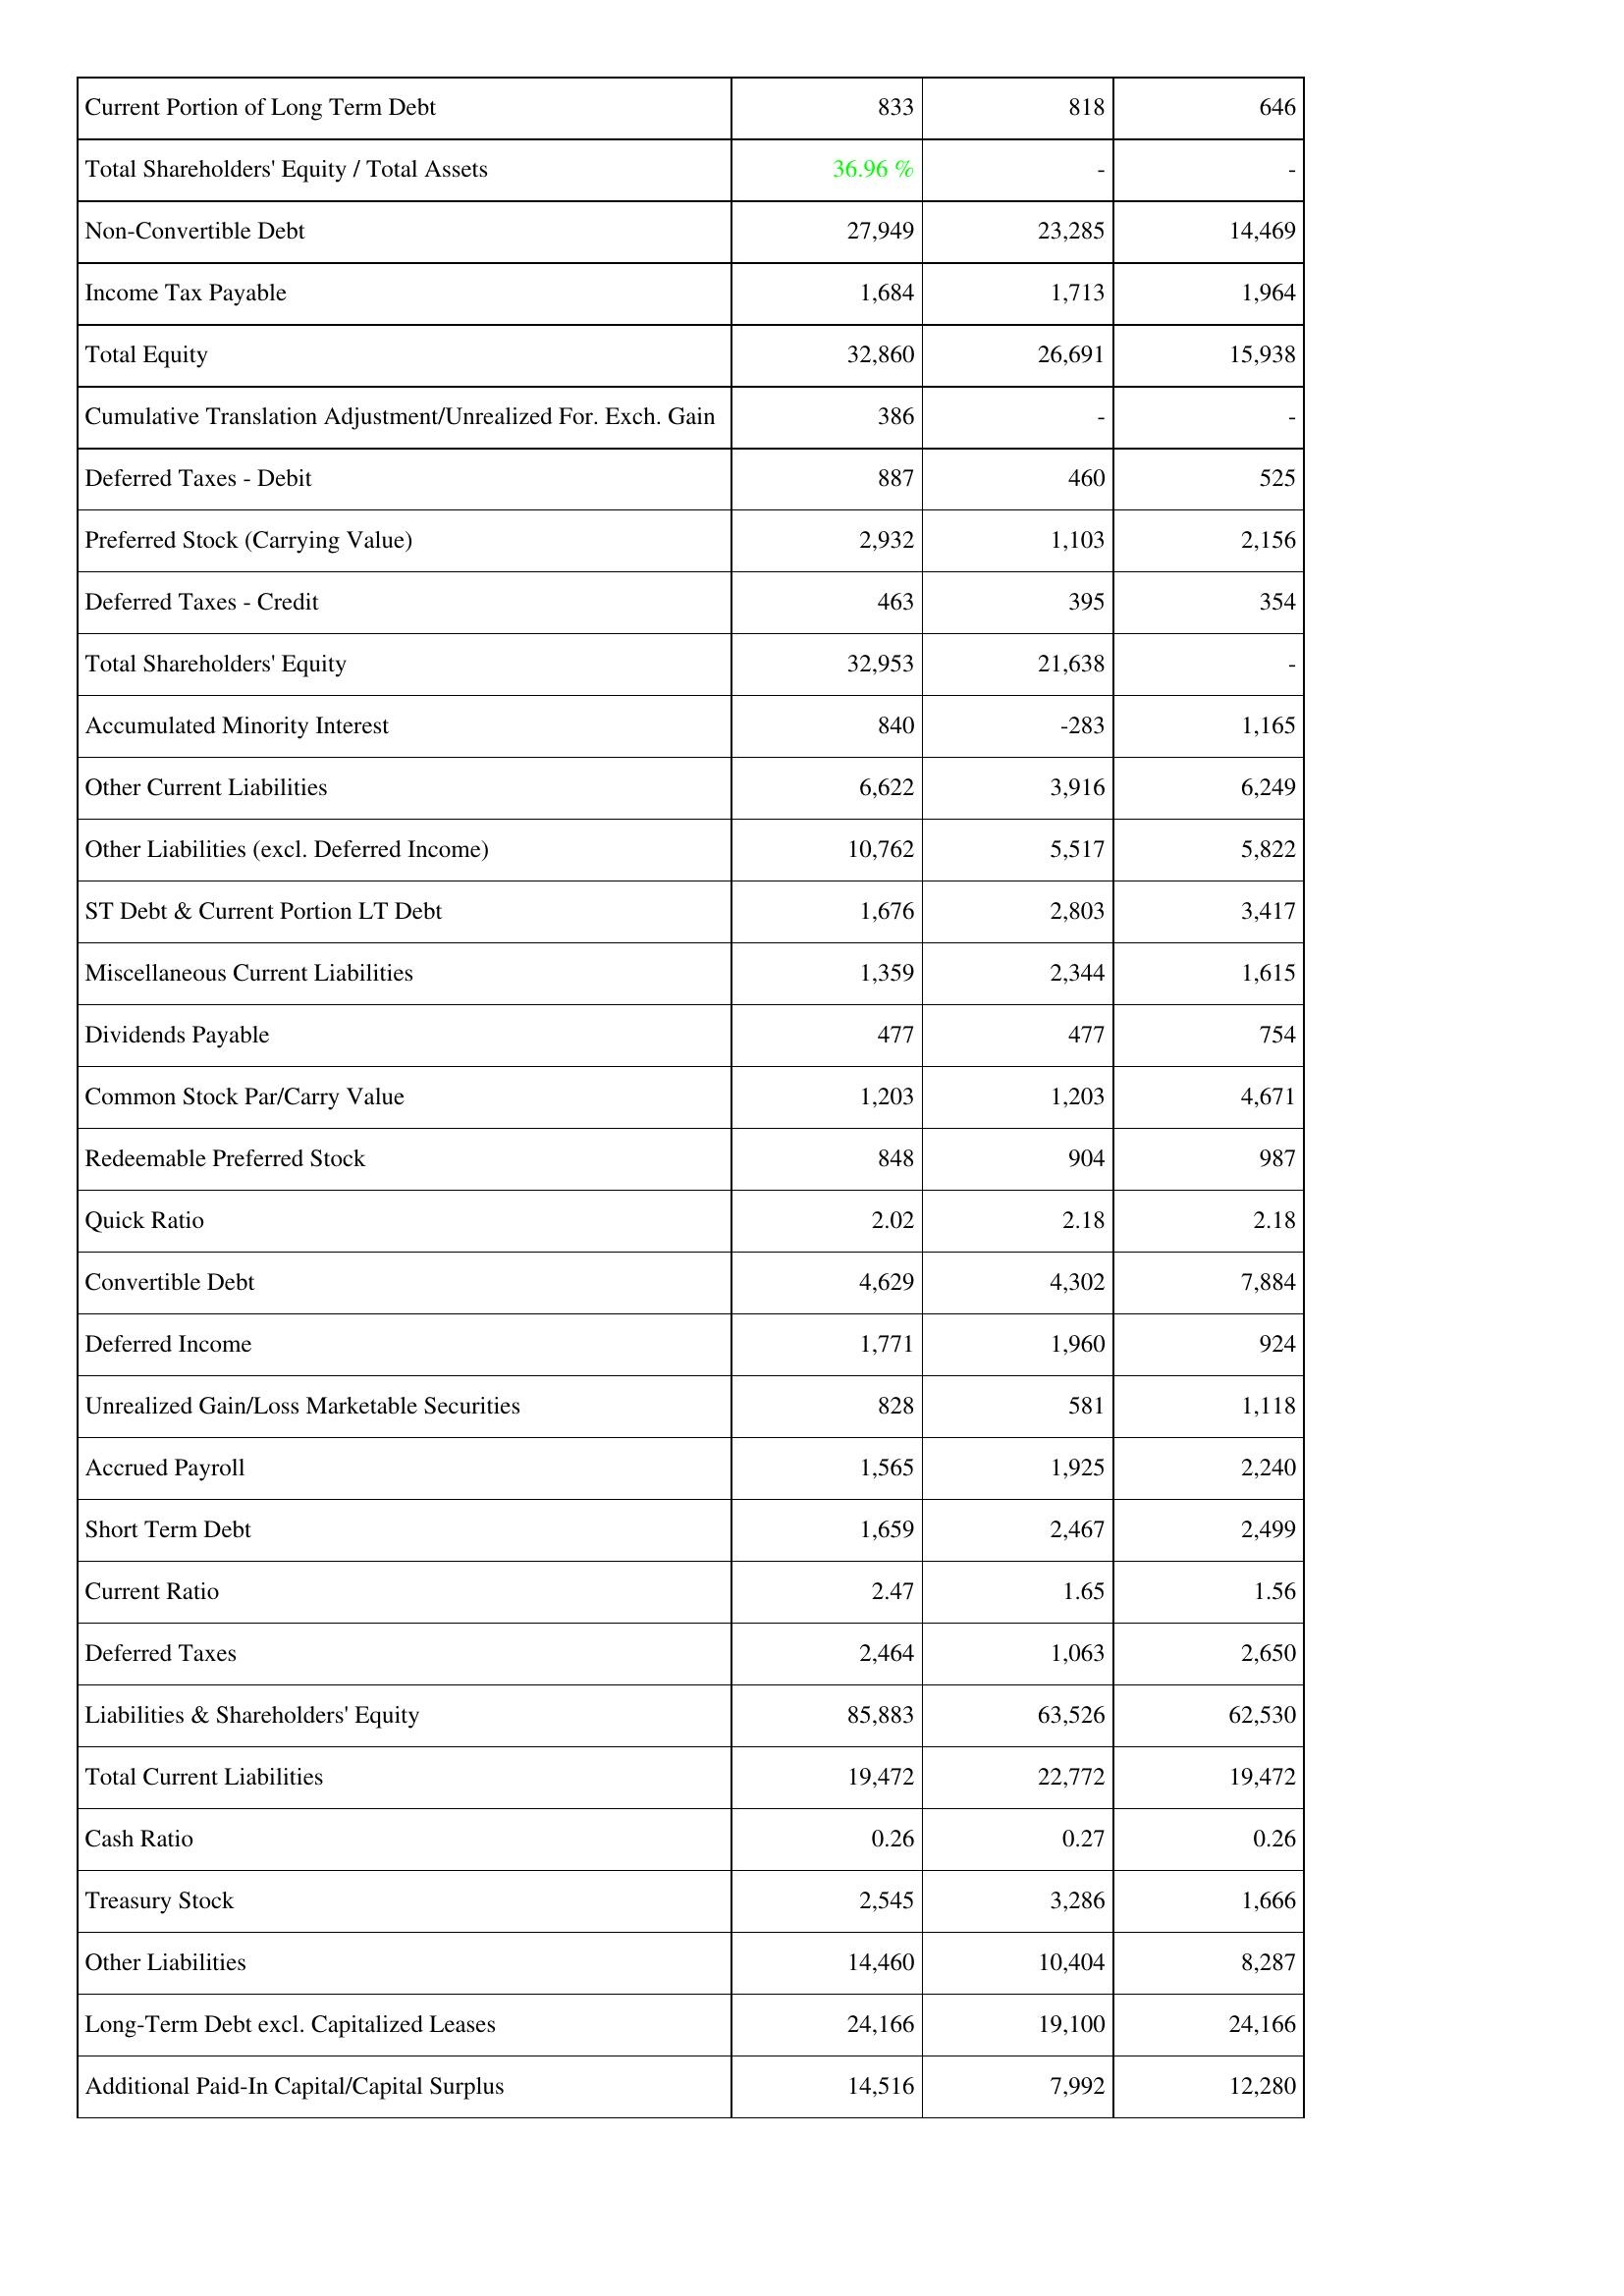
2011: Liabilities & Shareholders' Equity: Current Portion of Long Term Debt: 833
Total Shareholders' Equity / Total Assets: 36.96 %
Non-Convertible Debt: 27,949
Income Tax Payable: 1,684
Total Equity: 32,860
Cumulative Translation Adjustment/Unrealized For. Exch. Gain: 386
Deferred Taxes - Debit: 887
Preferred Stock (Carrying Value): 2,932
Deferred Taxes - Credit: 463
Total Shareholders' Equity: 32,953
Accumulated Minority Interest: 840
Other Current Liabilities: 6,622
Other Liabilities (excl. Deferred Income): 10,762
ST Debt & Current Portion LT Debt: 1,676
Miscellaneous Current Liabilities: 1,359
Dividends Payable: 477
Common Stock Par/Carry Value: 1,203
Redeemable Preferred Stock: 848
Quick Ratio: 2.02
Convertible Debt: 4,629
Deferred Income: 1,771
Unrealized Gain/Loss Marketable Securities: 828
Accrued Payroll: 1,565
Short Term Debt: 1,659
Current Ratio: 2.47
Deferred Taxes: 2,464
Liabilities & Shareholders' Equity: 85,883
Total Current Liabilities: 19,472
Cash Ratio: 0.26
Treasury Stock: 2,545
Other Liabilities: 14,460
Long-Term Debt excl. Capitalized Leases: 24,166
Additional Paid-In Capital/Capital Surplus: 14,516
2010: Liabilities & Shareholders' Equity: Current Portion of Long Term Debt: 818
Total Shareholders' Equity / Total Assets: -
Non-Convertible Debt: 23,285
Income Tax Payable: 1,713
Total Equity: 26,691
Cumulative Translation Adjustment/Unrealized For. Exch. Gain: -
Deferred Taxes - Debit: 460
Preferred Stock (Carrying Value): 1,103
Deferred Taxes - Credit: 395
Total Shareholders' Equity: 21,638
Accumulated Minority Interest: -283
Other Current Liabilities: 3,916
Other Liabilities (excl. Deferred Income): 5,517
ST Debt & Current Portion LT Debt: 2,803
Miscellaneous Current Liabilities: 2,344
Dividends Payable: 477
Common Stock Par/Carry Value: 1,203
Redeemable Preferred Stock: 904
Quick Ratio: 2.18
Convertible Debt: 4,302
Deferred Income: 1,960
Unrealized Gain/Loss Marketable Securities: 581
Accrued Payroll: 1,925
Short Term Debt: 2,467
Current Ratio: 1.65
Deferred Taxes: 1,063
Liabilities & Shareholders' Equity: 63,526
Total Current Liabilities: 22,772
Cash Ratio: 0.27
Treasury Stock: 3,286
Other Liabilities: 10,404
Long-Term Debt excl. Capitalized Leases: 19,100
Additional Paid-In Capital/Capital Surplus: 7,992
2009: Liabilities & Shareholders' Equity: Current Portion of Long Term Debt: 646
Total Shareholders' Equity / Total Assets: -
Non-Convertible Debt: 14,469
Income Tax Payable: 1,964
Total Equity: 15,938
Cumulative Translation Adjustment/Unrealized For. Exch. Gain: -
Deferred Taxes - Debit: 525
Preferred Stock (Carrying Value): 2,156
Deferred Taxes - Credit: 354
Total Shareholders' Equity: -
Accumulated Minority Interest: 1,165
Other Current Liabilities: 6,249
Other Liabilities (excl. Deferred Income): 5,822
ST Debt & Current Portion LT Debt: 3,417
Miscellaneous Current Liabilities: 1,615
Dividends Payable: 754
Common Stock Par/Carry Value: 4,671
Redeemable Preferred Stock: 987
Quick Ratio: 2.18
Convertible Debt: 7,884
Deferred Income: 924
Unrealized Gain/Loss Marketable Securities: 1,118
Accrued Payroll: 2,240
Short Term Debt: 2,499
Current Ratio: 1.56
Deferred Taxes: 2,650
Liabilities & Shareholders' Equity: 62,530
Total Current Liabilities: 19,472
Cash Ratio: 0.26
Treasury Stock: 1,666
Other Liabilities: 8,287
Long-Term Debt excl. Capitalized Leases: 24,166
Additional Paid-In Capital/Capital Surplus: 12,280